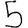
Digit: 5